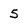
Character: 5